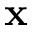
\mathbf { x }